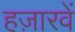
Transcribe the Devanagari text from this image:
हज़ारवें